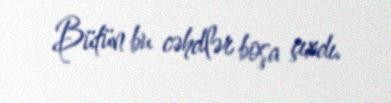
Bütün bu cəhdlər boşa çıxdı.